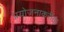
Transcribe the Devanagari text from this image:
प्रयोजनाकरीता